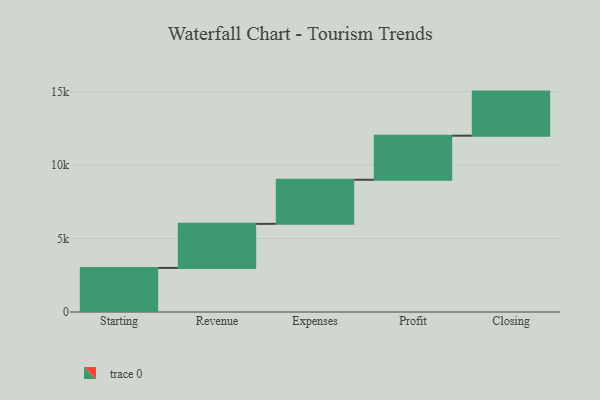
{"axis": {"x": "Step", "y": "Value"}, "legend": [""], "data": [{"x": "Starting", "y": 3000, "type": ""}, {"x": "Revenue", "y": 3000, "type": ""}, {"x": "Expenses", "y": 3000, "type": ""}, {"x": "Profit", "y": 3000, "type": ""}, {"x": "Closing", "y": 3000, "type": ""}]}